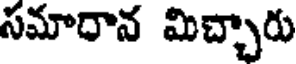
సమారాన మిచ్చారు